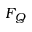
F _ { Q }